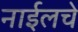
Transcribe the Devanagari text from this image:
नाईलचे